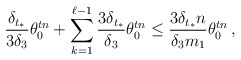
\begin{align*}\frac{\delta_{t_*}}{3 \delta_3} \theta_0^{tn} + \sum_{k=1}^{\ell-1} \frac{3\delta_{t_*}}{\delta_3} \theta_0^{t n}\le \frac{3 \delta_{t_*} n}{\delta_3 m_1} \theta_0^{t n } \, ,\end{align*}